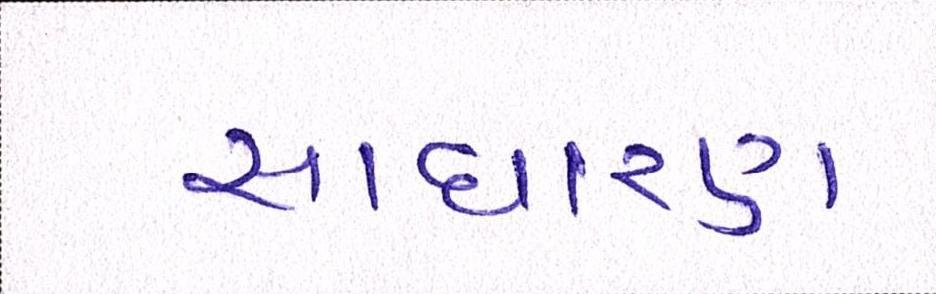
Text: સાધારણ